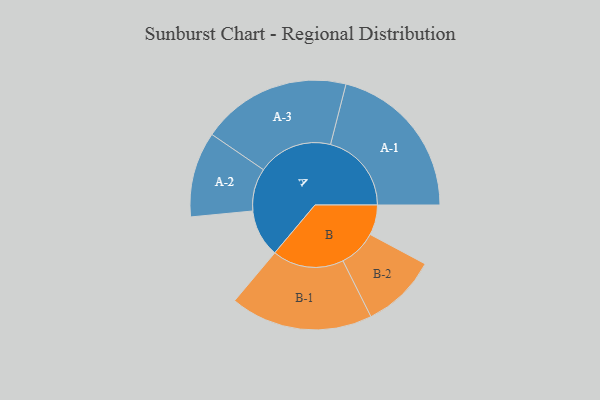
{"axis": {"x": "Segment", "y": "Value"}, "legend": ["", "A", "B"], "data": [{"x": "A", "y": 174, "type": ""}, {"x": "B", "y": 110, "type": ""}, {"x": "A-1", "y": 296, "type": "A"}, {"x": "A-2", "y": 156, "type": "A"}, {"x": "A-3", "y": 274, "type": "A"}, {"x": "B-1", "y": 261, "type": "B"}, {"x": "B-2", "y": 138, "type": "B"}]}